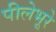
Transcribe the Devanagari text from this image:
पीलेभूरे